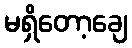
မရှိတော့ချေ